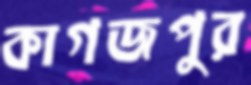
কাগজপুর